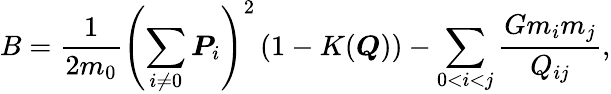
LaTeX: B=\frac{1}{2m_{0}}\left(\sum_{i\ne 0}\boldsymbol{P}_{i}\right)^{2}\left(1-K(\boldsymbol{Q})\right)-\sum_{0<i<j}\frac{Gm_{i}m_{j}}{Q_{ij}},